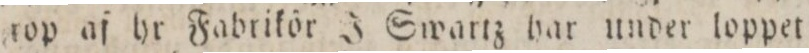
rop af hr Fabrikör J Swartz har under loppe